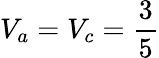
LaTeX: V_{a}=V_{c}=\frac{3}{5}